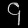
Digit: ၄